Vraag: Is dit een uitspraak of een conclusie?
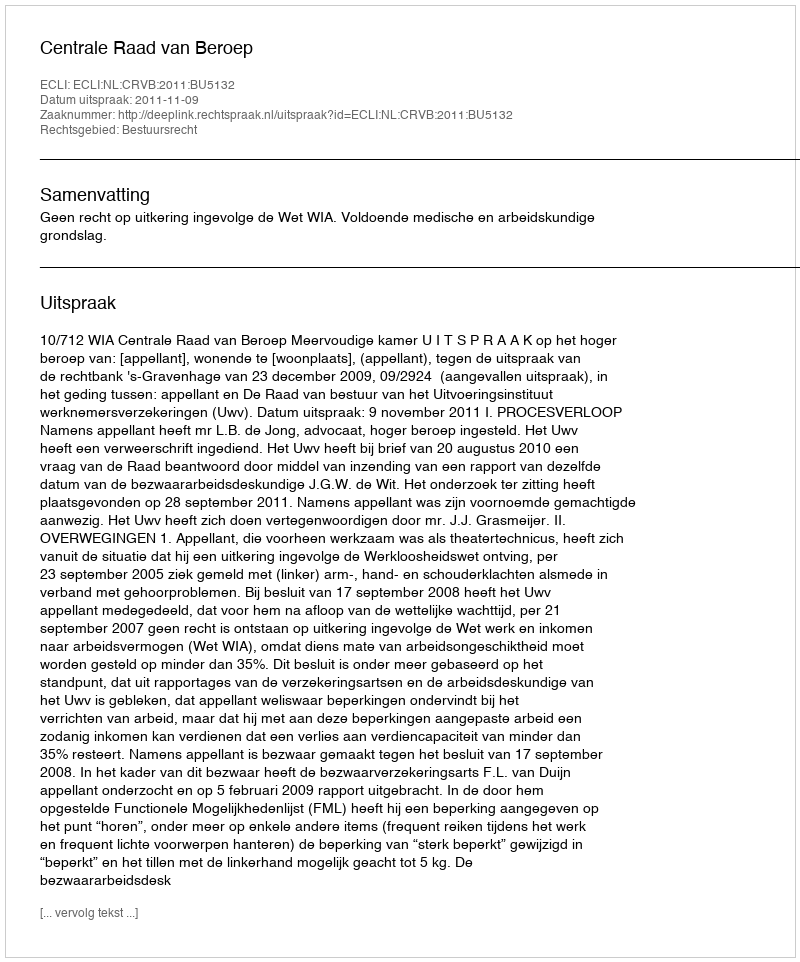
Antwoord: Uitspraak